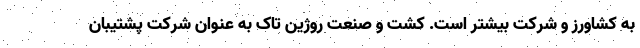
به کشاورز و شرکت بیشتر است. کشت و صنعت روژین تاک به عنوان شرکت پشتیبان